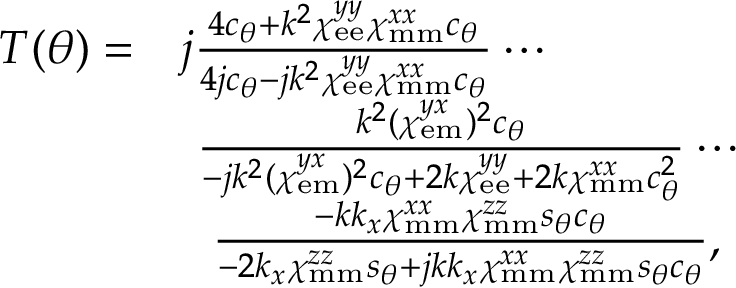
\begin{array} { r l } { T ( \theta ) = } & { j \frac { 4 c _ { \theta } + k ^ { 2 } \chi _ { \mathrm { e e } } ^ { y y } \chi _ { \mathrm { m m } } ^ { x x } c _ { \theta } } { 4 j c _ { \theta } - j k ^ { 2 } \chi _ { \mathrm { e e } } ^ { y y } \chi _ { \mathrm { m m } } ^ { x x } c _ { \theta } } \cdots } \\ & { \ \frac { k ^ { 2 } ( \chi _ { \mathrm { e m } } ^ { y x } ) ^ { 2 } c _ { \theta } } { - j k ^ { 2 } ( \chi _ { \mathrm { e m } } ^ { y x } ) ^ { 2 } c _ { \theta } + 2 k \chi _ { \mathrm { e e } } ^ { y y } + 2 k \chi _ { \mathrm { m m } } ^ { x x } c _ { \theta } ^ { 2 } } \cdots } \\ & { \ \ \frac { - k k _ { x } \chi _ { \mathrm { m m } } ^ { x x } \chi _ { \mathrm { m m } } ^ { z z } s _ { \theta } c _ { \theta } } { - 2 k _ { x } \chi _ { \mathrm { m m } } ^ { z z } s _ { \theta } + j k k _ { x } \chi _ { \mathrm { m m } } ^ { x x } \chi _ { \mathrm { m m } } ^ { z z } s _ { \theta } c _ { \theta } } , } \end{array}